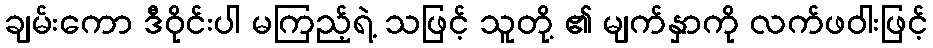
ချမ်းကော ဒီဝိုင်းပါ မကြည့်ရဲ့ သဖြင့် သူတို့ ၏ မျက်နှာကို လက်ဖဝါးဖြင့်